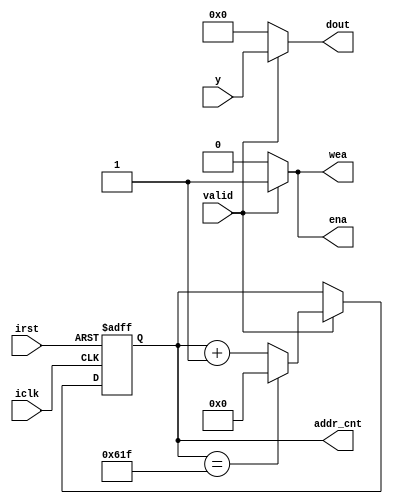
`timescale 1ns / 1ps
//////////////////////////////////////////////////////////////////////////////////
// Company: 
// Engineer: 
// 
// Design Name: 
// Module Name: out_mux
// Project Name: 
// Target Devices: 
// Tool Versions: 
// Description: 
// 
// Dependencies: 
// 
// Revision:
// Revision 0.01 - File Created
// Additional Comments:
// 
//////////////////////////////////////////////////////////////////////////////////


module out_mux #(
    parameter DATA_WIDTH = 16
    )
    (
    input iclk,
    input irst,
    input signed [DATA_WIDTH-1:0] y,
    input valid,
    output reg ena,
    output reg wea,
    output reg [10:0] addr_cnt, // out Q'ty
    output reg signed [DATA_WIDTH-1:0] dout
    );
    
    // address_couter ---------------------------//
    always @(posedge iclk, negedge irst) begin
        if(!irst)
            addr_cnt <= 0;
        else
        if(valid) begin 
            if(addr_cnt == 11'd1567) // feature Q'ty 28x28x2 = 1,568
                addr_cnt <= 0;
            else 
                addr_cnt <= addr_cnt + 1;   
        end
    end
    //------------------------------------------//
    
    always @(*) begin
        if(valid) begin
            ena = 1;
            wea = 1;
            dout = y;
        end
        else begin
            ena = 0;
            wea = 0;
            dout = 0;
        end        
    end
    
endmodule